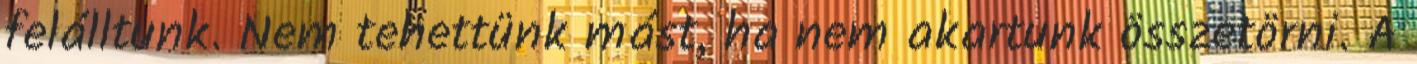
felálltunk. Nem tehettünk mást, ha nem akartunk összetörni. A